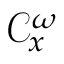
{ \mathcal { C } } _ { x } ^ { \omega }